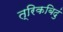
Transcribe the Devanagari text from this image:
त्रिकबिदुं